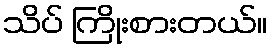
သိပ် ကြိုးစားတယ်။